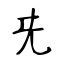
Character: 兂